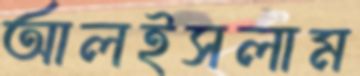
আলইসলাম